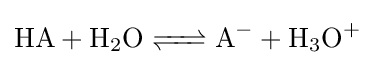
{\ce {HA + H2O <=> A- + H3O+}}